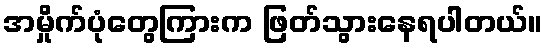
အမှိုက်ပုံတွေကြားက ဖြတ်သွားနေရပါတယ်။